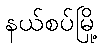
နယ်စပ်မြို့